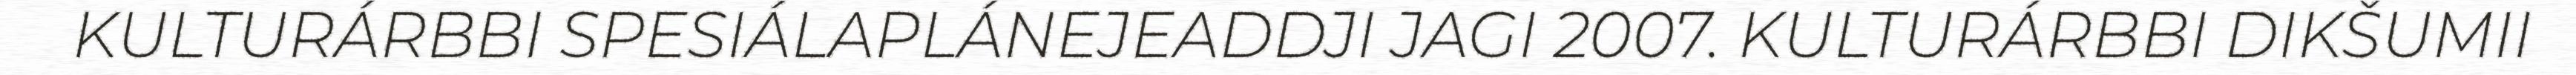
KULTURÁRBBI SPESIÁLAPLÁNEJEADDJI JAGI 2007. KULTURÁRBBI DIKŠUMII